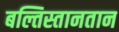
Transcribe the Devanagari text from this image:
बल्तिस्तानतान